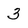
Character: 3